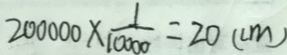
2 0 0 0 0 0 \times \frac { 1 } { 1 0 0 0 0 } = 2 0 ( m )